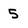
Character: 5